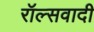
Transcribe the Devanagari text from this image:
रॉल्सवादी